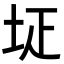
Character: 𡊕